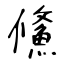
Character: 鯈